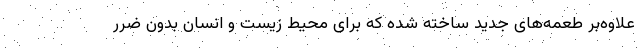
علاوه‌بر طعمه‌های جدید ساخته شده که برای محیط زیست و انسان بدون ضرر